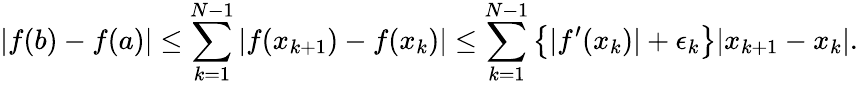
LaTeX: |f(b)-f(a)|\leq\sum_{k=1}^{N-1}|f(x_{k+1})-f(x_{k})|\leq\sum_{k=1}^{N-1}\left\{ |f^{\prime}(x_{k})|+\epsilon_{k}\right\} |x_{k+1}-x_{k}|.